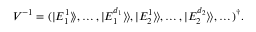
\begin{array} { r } { V ^ { - 1 } = ( | E _ { 1 } ^ { 1 } \rangle \! \rangle , \dots , | E _ { 1 } ^ { d _ { 1 } } \rangle \! \rangle , | E _ { 2 } ^ { 1 } \rangle \! \rangle , \dots , | E _ { 2 } ^ { d _ { 2 } } \rangle \! \rangle , \dots ) ^ { \dag } . } \end{array}